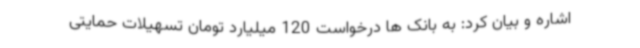
اشاره و بیان کرد: به بانک ها درخواست 120 میلیارد تومان تسهیلات حمایتی